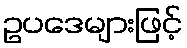
ဥပဒေများဖြင့်